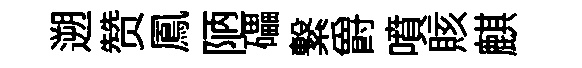
遡赞鳳陋礧繋爵噴賅麒